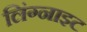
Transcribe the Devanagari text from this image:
लिंग्नाइट